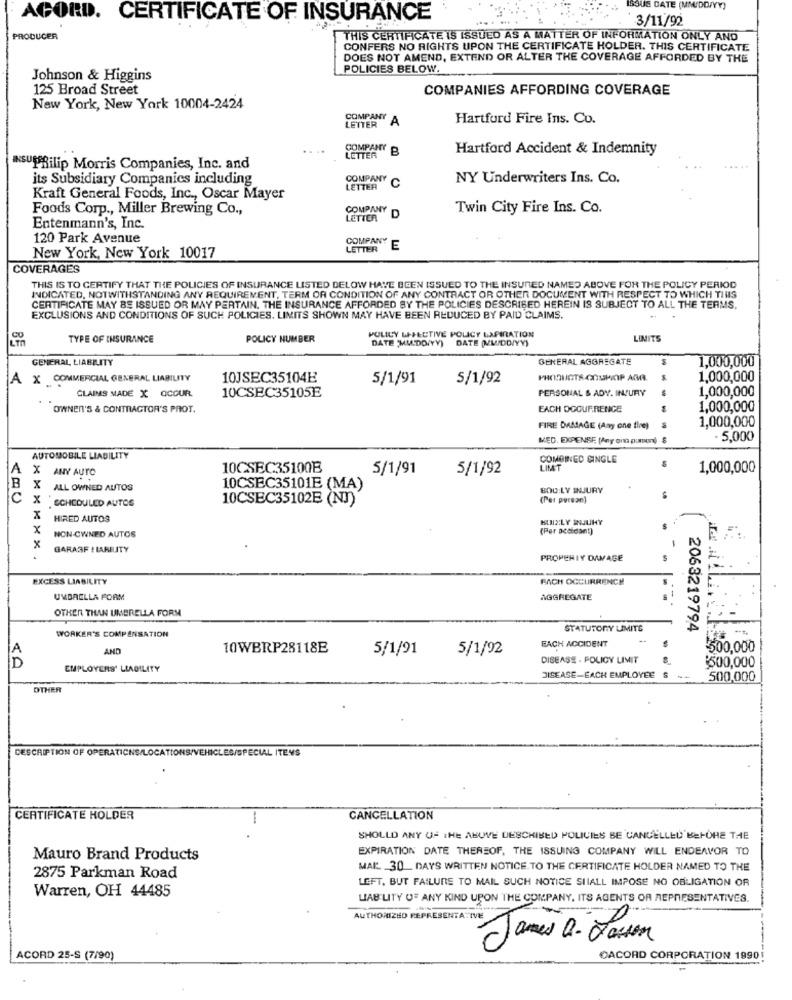
S CATE (MMIDDAYY)
ACORD. CERTIFICATE OF INSURANCE
3/11/92
PRODUCER
THIS CERTIFICATE IS ISSUED AS A MATTER OF INFORMATION ONLY AND
CONFERS NO RIGHTS UPON THE CERTIFICATE HOLDER. THIS CERTIFICATE
DOES NOT AMEND, EXTEND OR ALTER THE COVERAGE AFFORDED BY THE
POLICIES BELOW.
Johnson & Higgins
125 Broad Street
COMPANIES AFFORDING COVERAGE
New York, New York 10004-2424
LETTER
COMPANY
A
Hartford Fire Ins. Co.
COMPANY B
B
Hartford Accident & Indemnity
LETTER
INSUPhilip Morris Companies, Inc. and
its Subsidiary Companies including
COMPANY
C
NY Underwriters Ins. Co.
LETTER
Kraft General Foods, Inc ., Oscar Mayer
Foods Corp ., Miller Brewing Co .,
COMPANY
Twin City Fire Ins. Co.
LETTER
D
Entenmann's, Inc.
120 Park Avenue
COMPANY
LETTER
E
New York, New York 10017
COVERAGES
THIS IS TO CERTIFY THAT THE POLICIES OF INSURANCE LISTED BELOW HAVE BEEN ISSUED TO THE INSURED NAMED ABOVE FOR THE POLICY PERIOD
INDICATED, NOTWITHSTANDING ANY REQUIREMENT, TERM OR CONDITION OF ANY CONTRACT OR OTHER DOCUMENT WITH RESPECT TO WHICH TIUS
CERTIFICATE MAY BE ISSUED OR MAY PERTAIN. THE INSURANCE AFFORDED BY THE POLICIES DESCRIBED HEREIN IS SUBJECT TO ALL THE TERMS.
EXCLUSIONS AND CONDITIONS OF SUCH POLICIES. LIMITS SHOWN MAY HAVE BEEN REDUCED BY PAID CLAIMS.
POLICY LIFECTIVE POLICY LAPIRATION
TYPE OF INSURANCE
POLICY NUMBER
DATE MMDD/YY) DATE (MMIDDIYY)
LIMITS
GENERAL LIABILITY
GENERAL AGGREGATE
1,000,000
A X COMMERCIAL GENERAL LIABILITY
10JSEC35104E
5/1/91
5/1/92
PRODUCTS COUPCIP ADA
1,000,000
CLAIMS MADE X QCOUR
PERSONAL & ADY. INJURY
$
1,000,000
10CSEC35105E
OWNER'S & CONTRACTOR'S PROT.
EACH OCCURRENCE
1,000,000
1,000,000
FIRE DAMAGE (Any one tice)
MED. EXPENSE (Any ont pumon)
· 5,000
AUTOMOBILE LIABILITY
COMBINED GINGLE
A
X ANY AUTO
10CSEC35100B
5/1/91
5/1/92
LIMT
1,000,000
X
ALL OWNED AUTOS
10CSEC35101E (MA)
BOU:LY INJURY
C
x
. SCHEDULED AUTOS
10CSEC35102E (NJ)
(Per person]
X
HIRED AUTOS
BLIXLY WNUUHY
x
(Per accident)
NON-OWNED AUTOS
GARASF ! LARILITY
PROPERTY DAMAGE
EXCESS LIABILITY
FACH OCCURRENCE
UMBRELLA FORM
AGGREGATE
OTHER THAN UMBRELLA FORM
STATUTORY LIMITE
2063219794
WORKER'S COMPENSATION
EACH ACCIDENT
AND
10WBRP28118E
5/1/91
5/1/92
500,000
DISEASE . POLICY LIMIT
1500,000
D
EMPLOYERS' LIABILITY
DISEASE-EACH EMPLOYEE S
500,000
OTHER
DESCRIPTION OF OPERATIONS/LOCATIONS/VEHICLES/SPECIAL ITEMS
CERTIFICATE HOLDER
CANCELLATION
SHOULD ANY OF THE ABOVE DESCRIBED POLICIES BE CANCELLED BEFORE THE
EXPIRATION DATE THEREOF, THE ISSUING COMPANY WILL ENDEAVOR TO
Mauro Brand Products
MAL. 30 DAYS WRITTEN NOTICE. TO THE CERTIFICATE HOLDER NAMED TO THE
2875 Parkman Road
LEFT. BUT FAILURE TO MAIL SUCH NOTICE SIIALL IMPOSE NO OBLIGATION OR
Warren, OH 44485
LIAB LITY OF ANY KIND UPON THE COMPANY, ITS AGENTS OR REPRESENTATIVES.
AUTHORIZED REPRESENTATIVE
James a. Larsson
10
ACORD 25-S (7/90)
DACORD CORPORATION 1890!